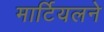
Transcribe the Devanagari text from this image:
मार्टियलने